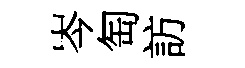
岑匋訪